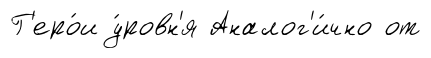
Г'еро́и у́ровн'я Аналог'и́чно от